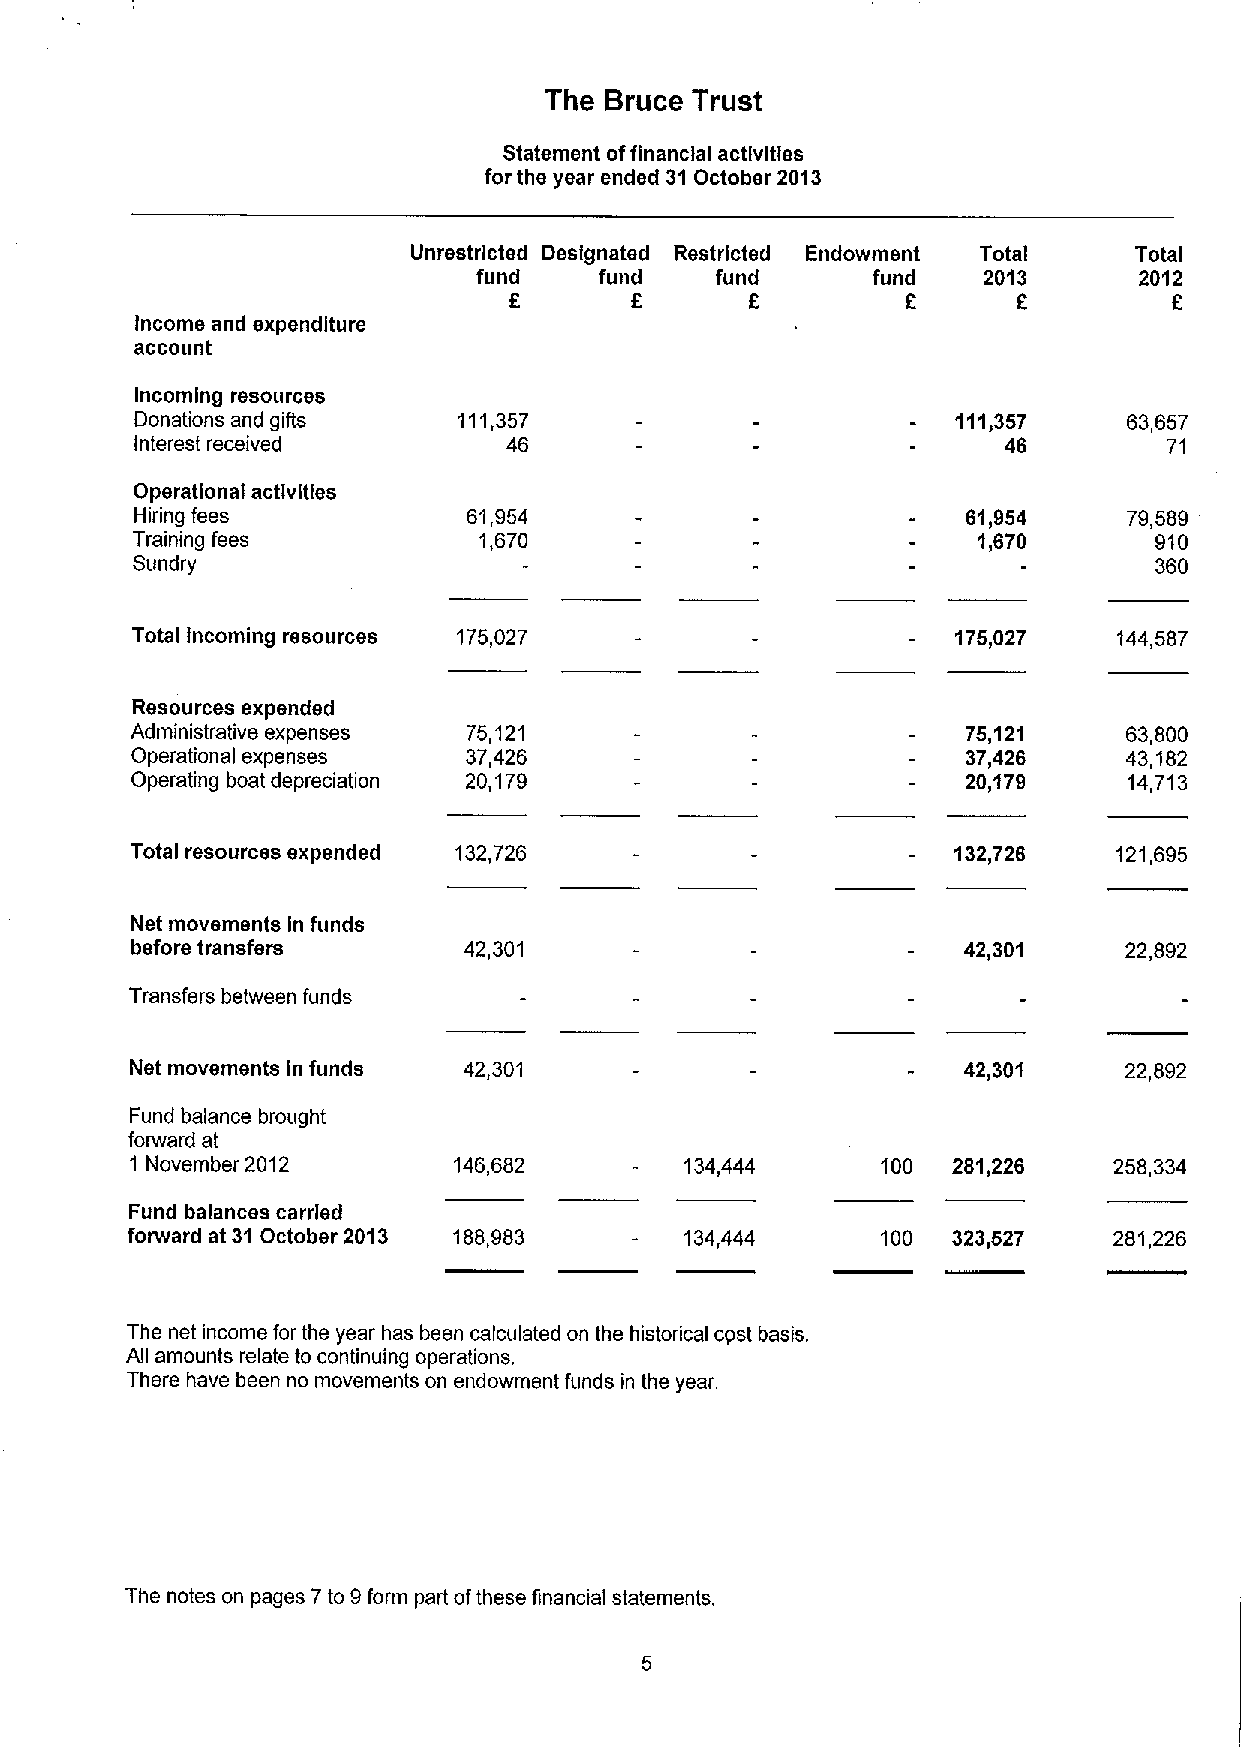
The Bruce Trust
 Statement offinancial activities
 for the year ended 31October 2013
 Unrestricted Designated Restricted Endowment Total Total
 fund    fund   fund       fund   2013      2012
 6               6         6      6
 Income and expenditure
 account
 Incoming resources
 Donations and gifts  111,357                          111,357     63,657
 Interest received        46                              46         71
 Operational activities
 Hiring fees           61,954                           61,954     79,589
 Training fees          1,670                            1,670      910
 Sundry                                                             360
 Total Incoming resources 175,027                      175,027    144,587
 Resources expended
 Administrative expenses 75,121                         75,121     63,800
 Operational expenses  37,426                           37,426    43,182
 Operating boat depreciation 20,179                     20,179     14,713
 Total resources expended 132,726                      132,726    121,695
 Net movements In funds
 before transfers      42,301                           42,301    22,892
 Transfers between funds
 Net movements in funds 42,301                          42,301    22,892
 Fund balance brought
 forward at
 1 November 2012      146,682        134,444      100  281,226    258,334
 Fund balances carried
 forward at 31October 2013 188,983    134,444      100  323,527    281,226
 The net income for the year has been calculated on the historical cost basis.
 All amounts relate to continuing operations.
 There have been no movements on endowment funds in the year.
 The notes on pages 7to 9form part ofthese financial statements.